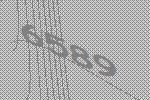
6589